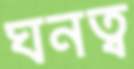
ঘনত্ব